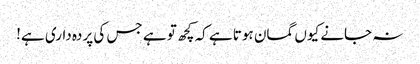
نہ جانے کیوں گمان ہوتا ہے کہ کچھ تو ہے جس کی پردہ داری ہے!